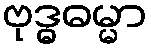
ဗုဒ္ဓဓမ္မာ